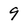
Character: 9